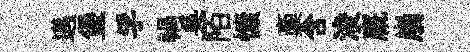
邁堡孚禍吴陌慷稾含浚廐崩